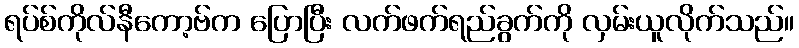
ရပ်စ်ကိုလ်နီကော့ဗ်က ပြောပြီး လက်ဖက်ရည်ခွက်ကို လှမ်းယူလိုက်သည်။